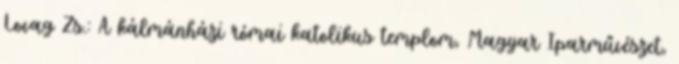
Lovag Zs.: A kálmánházi római katolikus templom, Magyar Iparművészet,